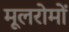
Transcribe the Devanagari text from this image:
मूलरोमों